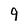
Character: 9